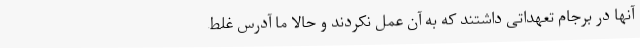
آنها در برجام تعهداتی داشتند که به آن عمل نکردند و حالا ما آدرس غلط